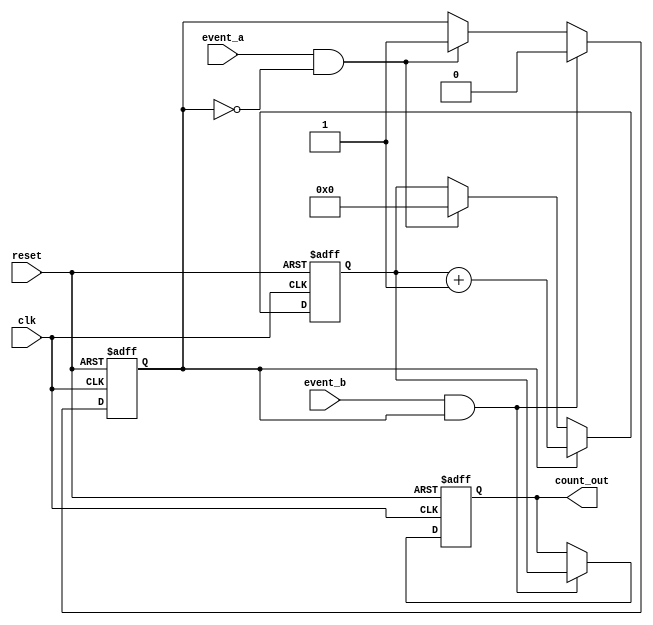
module TDC (
    input wire clk,            // High-frequency clock
    input wire reset,          // Asynchronous reset
    input wire event_a,        // Event A input
    input wire event_b,        // Event B input
    output reg [31:0] count_out // Output count value
);

    reg [31:0] counter;        // Counter to measure time intervals
    reg counting;              // Flag to indicate counting state

    // Asynchronous reset and initialization
    always @(posedge clk or posedge reset) begin
        if (reset) begin
            counter <= 32'b0;  // Reset counter
            count_out <= 32'b0; // Reset output
            counting <= 1'b0;   // Reset counting flag
        end else begin
            if (event_a && !counting) begin
                counting <= 1'b1; // Start counting on Event A
                counter <= 32'b0;  // Reset counter
            end
            
            if (counting) begin
                counter <= counter + 1; // Increment counter on each clock cycle
            end
            
            if (event_b && counting) begin
                counting <= 1'b0; // Stop counting on Event B
                count_out <= counter; // Store count value in output
            end
        end
    end

endmodule